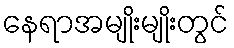
နေရာအမျိုးမျိုးတွင်